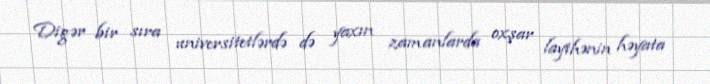
Digər bir sıra universitetlərdə də yaxın zamanlarda oxşar layihənin həyata